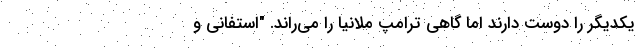
یکدیگر را دوست دارند اما گاهی ترامپ ملانیا را می‌راند. "استفانی و